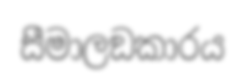
සීමාලඞකාරය